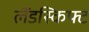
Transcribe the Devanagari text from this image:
लैंडस्किफ्ट